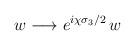
LaTeX: \begin{align*}w \longrightarrow e^{i\chi \sigma_3/2} \, w\end{align*}